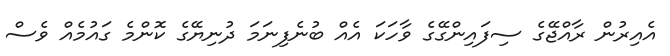
އެއިރުން ރާއްޖޭގެ ސިފައިންގޭގެ ވާހަކަ އެއް ބުނެފިނަމަ ދުނިޔޭގެ ކޮންމެ ގައުމެއް ވެސް